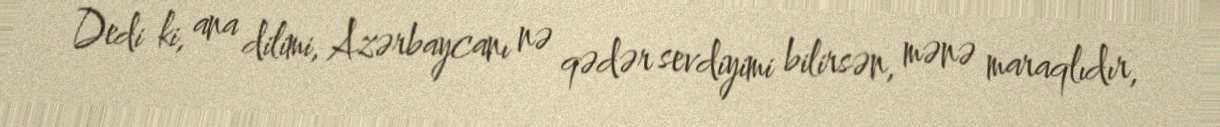
Dedi ki, ana dilimi, Azərbaycanı nə qədər sevdiyimi bilirsən, mənə maraqlıdır,